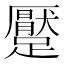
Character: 𲄊